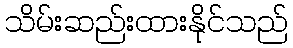
သိမ်းဆည်းထားနိုင်သည်